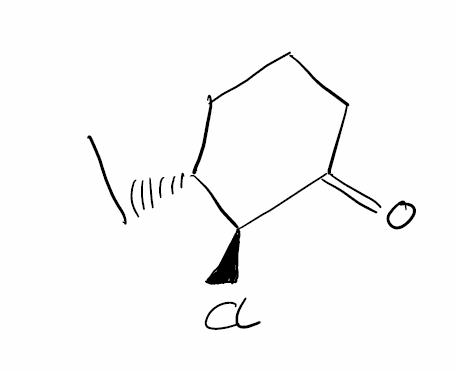
Simplified molecular-input line-entry system (SMILES) notation of the given molecule:
CC[C@@H]1CCCC(=O)[C@H]1Cl